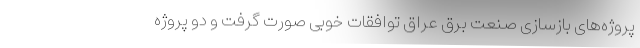
پروژه‌های بازسازی صنعت برق عراق توافقات خوبی صورت گرفت و دو پروژه